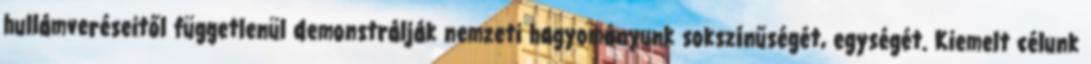
hullámveréseitől függetlenül demonstrálják nemzeti hagyományunk sokszínűségét, egységét. Kiemelt célunk